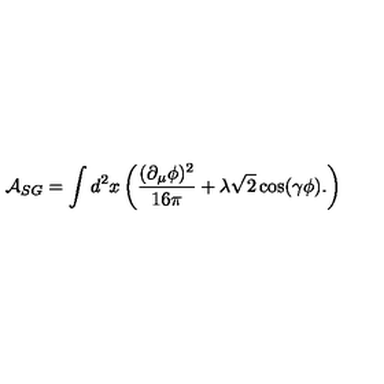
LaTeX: \mathcal { A } _ { S G } = \int d ^ { 2 } x \left( \frac { ( \partial _ { \mu } \phi ) ^ { 2 } } { 1 6 \pi } + \lambda \sqrt { 2 } \cos ( \gamma \phi ) . \right)